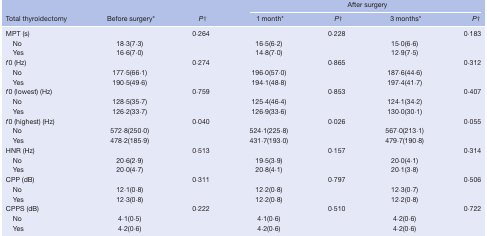
<table><thead><tr><td></td><td></td><td></td><td colspan="4"><b>After surgery</b></td></tr><tr><td><b>Total thyroidectomy</b></td><td><b>Before surgery*</b></td><td><b><i>P</i>†</b></td><td><b>1 month*</b></td><td><b><i>P</i>†</b></td><td><b>3 months*</b></td><td><b><i>P</i>†</b></td></tr></thead><tbody><tr><td>MPT (s)</td><td></td><td>0·264</td><td></td><td>0·228</td><td></td><td>0·183</td></tr><tr><td>No</td><td>18·3(7·3)</td><td></td><td>16·5(6·2)</td><td></td><td>15·0(6·6)</td><td></td></tr><tr><td>Yes</td><td>16·6(7·0)</td><td></td><td>14·8(7·0)</td><td></td><td>12·9(7·5)</td><td></td></tr><tr><td><i>f</i>0 (Hz)</td><td></td><td>0·274</td><td></td><td>0·865</td><td></td><td>0·312</td></tr><tr><td>No</td><td>177·5(66·1)</td><td></td><td>196·0(57·0)</td><td></td><td>187·6(44·6)</td><td></td></tr><tr><td>Yes</td><td>190·5(49·6)</td><td></td><td>194·1(48·8)</td><td></td><td>197·4(41·7)</td><td></td></tr><tr><td><i>f</i>0 (lowest) (Hz)</td><td></td><td>0·759</td><td></td><td>0·853</td><td></td><td>0·407</td></tr><tr><td>No</td><td>128·5(35·7)</td><td></td><td>125·4(46·4)</td><td></td><td>124·1(34·2)</td><td></td></tr><tr><td>Yes</td><td>126·2(33·7)</td><td></td><td>126·9(33·6)</td><td></td><td>130·0(30·1)</td><td></td></tr><tr><td><i>f</i>0 (highest) (Hz)</td><td></td><td>0·040</td><td></td><td>0·026</td><td></td><td>0·055</td></tr><tr><td>No</td><td>572·8(250·0)</td><td></td><td>524·1(225·8)</td><td></td><td>567·0(213·1)</td><td></td></tr><tr><td>Yes</td><td>478·2(185·9)</td><td></td><td>431·7(193·0)</td><td></td><td>479·7(190·8)</td><td></td></tr><tr><td>HNR (Hz)</td><td></td><td>0·513</td><td></td><td>0·157</td><td></td><td>0·314</td></tr><tr><td>No</td><td>20·6(2·9)</td><td></td><td>19·5(3·9)</td><td></td><td>20·0(4·1)</td><td></td></tr><tr><td>Yes</td><td>20·0(4·7)</td><td></td><td>20·8(4·1)</td><td></td><td>20·1(3·8)</td><td></td></tr><tr><td>CPP (dB)</td><td></td><td>0·311</td><td></td><td>0·797</td><td></td><td>0·506</td></tr><tr><td>No</td><td>12·1(0·8)</td><td></td><td>12·2(0·8)</td><td></td><td>12·3(0·7)</td><td></td></tr><tr><td>Yes</td><td>12·3(0·8)</td><td></td><td>12·2(0·8)</td><td></td><td>12·2(0·8)</td><td></td></tr><tr><td>CPPS (dB)</td><td></td><td>0·222</td><td></td><td>0·510</td><td></td><td>0·722</td></tr><tr><td>No</td><td>4·1(0·5)</td><td></td><td>4·1(0·6)</td><td></td><td>4·2(0·6)</td><td></td></tr><tr><td>Yes</td><td>4·2(0·6)</td><td></td><td>4·2(0·6)</td><td></td><td>4·2(0·6)</td><td></td></tr></tbody></table>